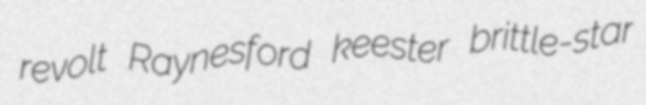
revolt Raynesford keester brittle-star